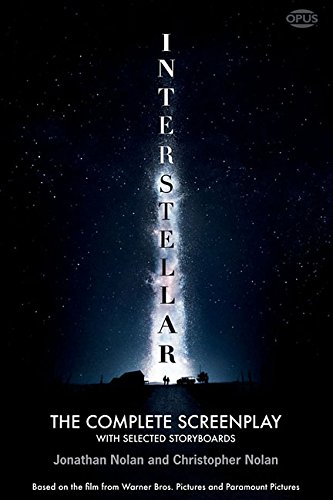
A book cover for Interstellar: The Complete Screenplay with Selected Storyboards (Opus Screenplay Series); Christopher Nolan; Humor & Entertainment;